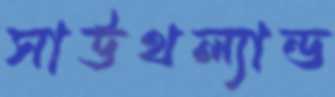
সাউথল্যান্ড